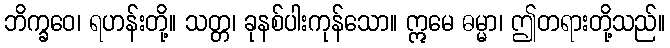
ဘိက္ခဝေ၊ ရဟန်းတို့။ သတ္တ၊ ခုနစ်ပါးကုန်သော။ ဣမေ ဓမ္မာ၊ ဤတရားတို့သည်။